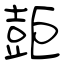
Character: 壾